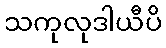
သကုလုဒါယီပိ